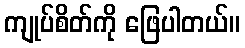
ကျုပ်စိတ်ကို ဖြေပါတယ်။